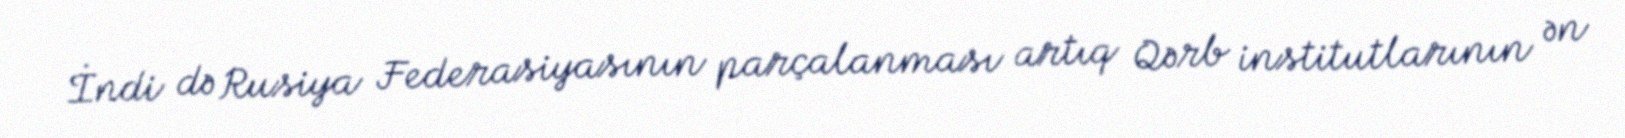
İndi də Rusiya Federasiyasının parçalanması artıq Qərb institutlarının ən